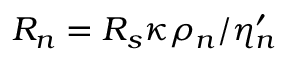
{ \cal R } _ { n } = { \cal R } _ { s } \kappa \rho _ { n } / \eta _ { n } ^ { \prime }